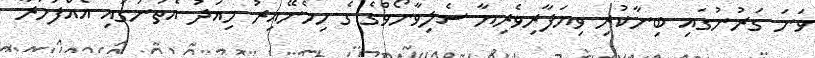
ވަނަ ގަރުނުގައި ބިނާކުރި ވިޔަފާރިވެރިޔާ ސެލިވާނޯވްގެ ގެ ހިމެނޭއިރު މިއަދު އެތަނުގައި އެއްފަހަރާ